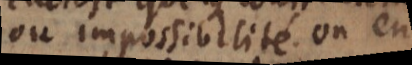
ou impossibilité, on en